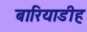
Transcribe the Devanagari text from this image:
बारियाडीह